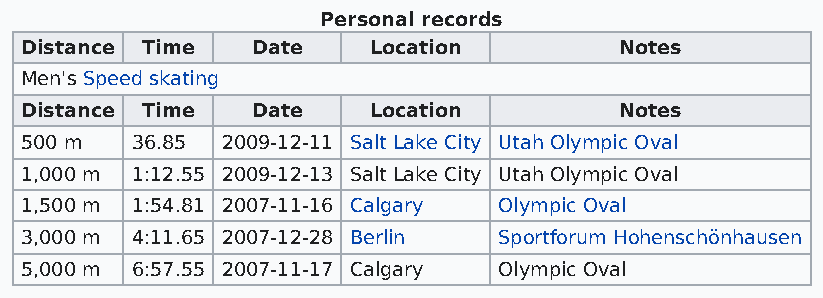
Personal records
 Distance Time   Date   Location         Notes
 Men's Speed skating
 Distance Time   Date   Location         Notes
 500 m   36.85 2009-12-11 Salt Lake City Utah Olympic Oval
 1,000 m 1:12.55 2009-12-13 Salt Lake City Utah Olympic Oval
 1,500 m 1:54.81 2007-11-16 Calgary Olympic Oval
 3,000 m 4:11.65 2007-12-28 Berlin Sportforum Hohenschönhausen
 5,000 m 6:57.55 2007-11-17 Calgary Olympic Oval